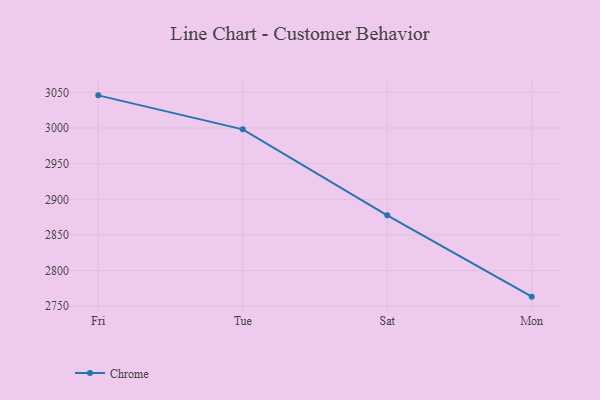
{"axis": {"x": "Day", "y": "Production Output"}, "legend": ["Chrome"], "data": [{"x": "Fri", "y": 3045.8, "type": "Chrome"}, {"x": "Tue", "y": 2998.1, "type": "Chrome"}, {"x": "Sat", "y": 2877.5, "type": "Chrome"}, {"x": "Mon", "y": 2763.5, "type": "Chrome"}]}